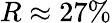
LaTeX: R\approx 27\%